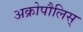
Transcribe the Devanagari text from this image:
अक्रोपौलिस्‌